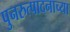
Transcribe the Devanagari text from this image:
पुनरुत्पादनाच्या